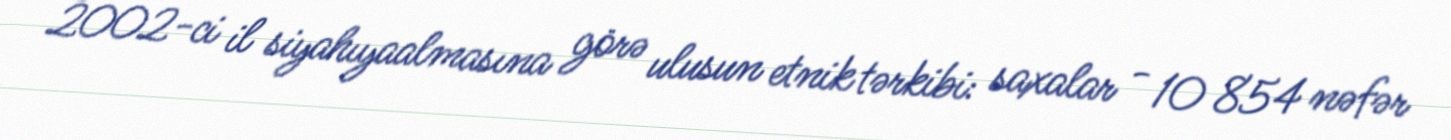
2002-ci il siyahıyaalmasına görə ulusun etnik tərkibi: saxalar - 10 854 nəfər